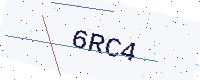
Text: 6RC4